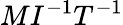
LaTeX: MI^{-1}T^{-1}